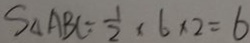
S _ { \Delta } A B C = \frac { 1 } { 2 } \times 6 \times 2 = 6